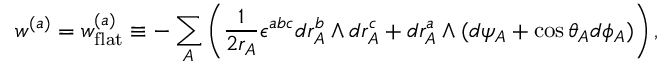
w ^ { ( a ) } = w _ { \mathrm { f l a t } } ^ { ( a ) } \equiv - \sum _ { A } \left( \frac { 1 } { 2 r _ { A } } \epsilon ^ { a b c } d r _ { A } ^ { b } \wedge d r _ { A } ^ { c } + d r _ { A } ^ { a } \wedge ( d \psi _ { A } + \cos \theta _ { A } d \phi _ { A } ) \right) ,